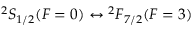
{ } ^ { 2 } S _ { 1 / 2 } ( F = 0 ) \leftrightarrow { } ^ { 2 } F _ { 7 / 2 } ( F = 3 )